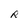
Character: R